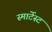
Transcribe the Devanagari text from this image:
स्मार्टेस्ट